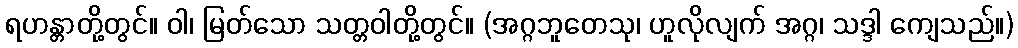
ရဟန္တာတို့တွင်။ ဝါ၊ မြတ်သော သတ္တဝါတို့တွင်။ (အဂ္ဂဘူတေသု၊ ဟူလိုလျက် အဂ္ဂ၊ သဒ္ဒါ ကျေသည်။)